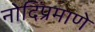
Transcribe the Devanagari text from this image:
नोदिंप्रमाणे